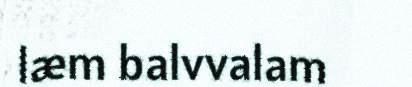
læm balvvalam